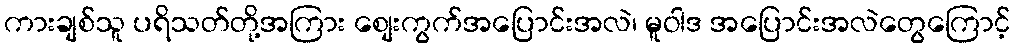
ကားချစ်သူ ပရိသတ်တို့အကြား စျေးကွက်အပြောင်းအလဲ၊ မူဝါဒ အပြောင်းအလဲတွေကြောင့်